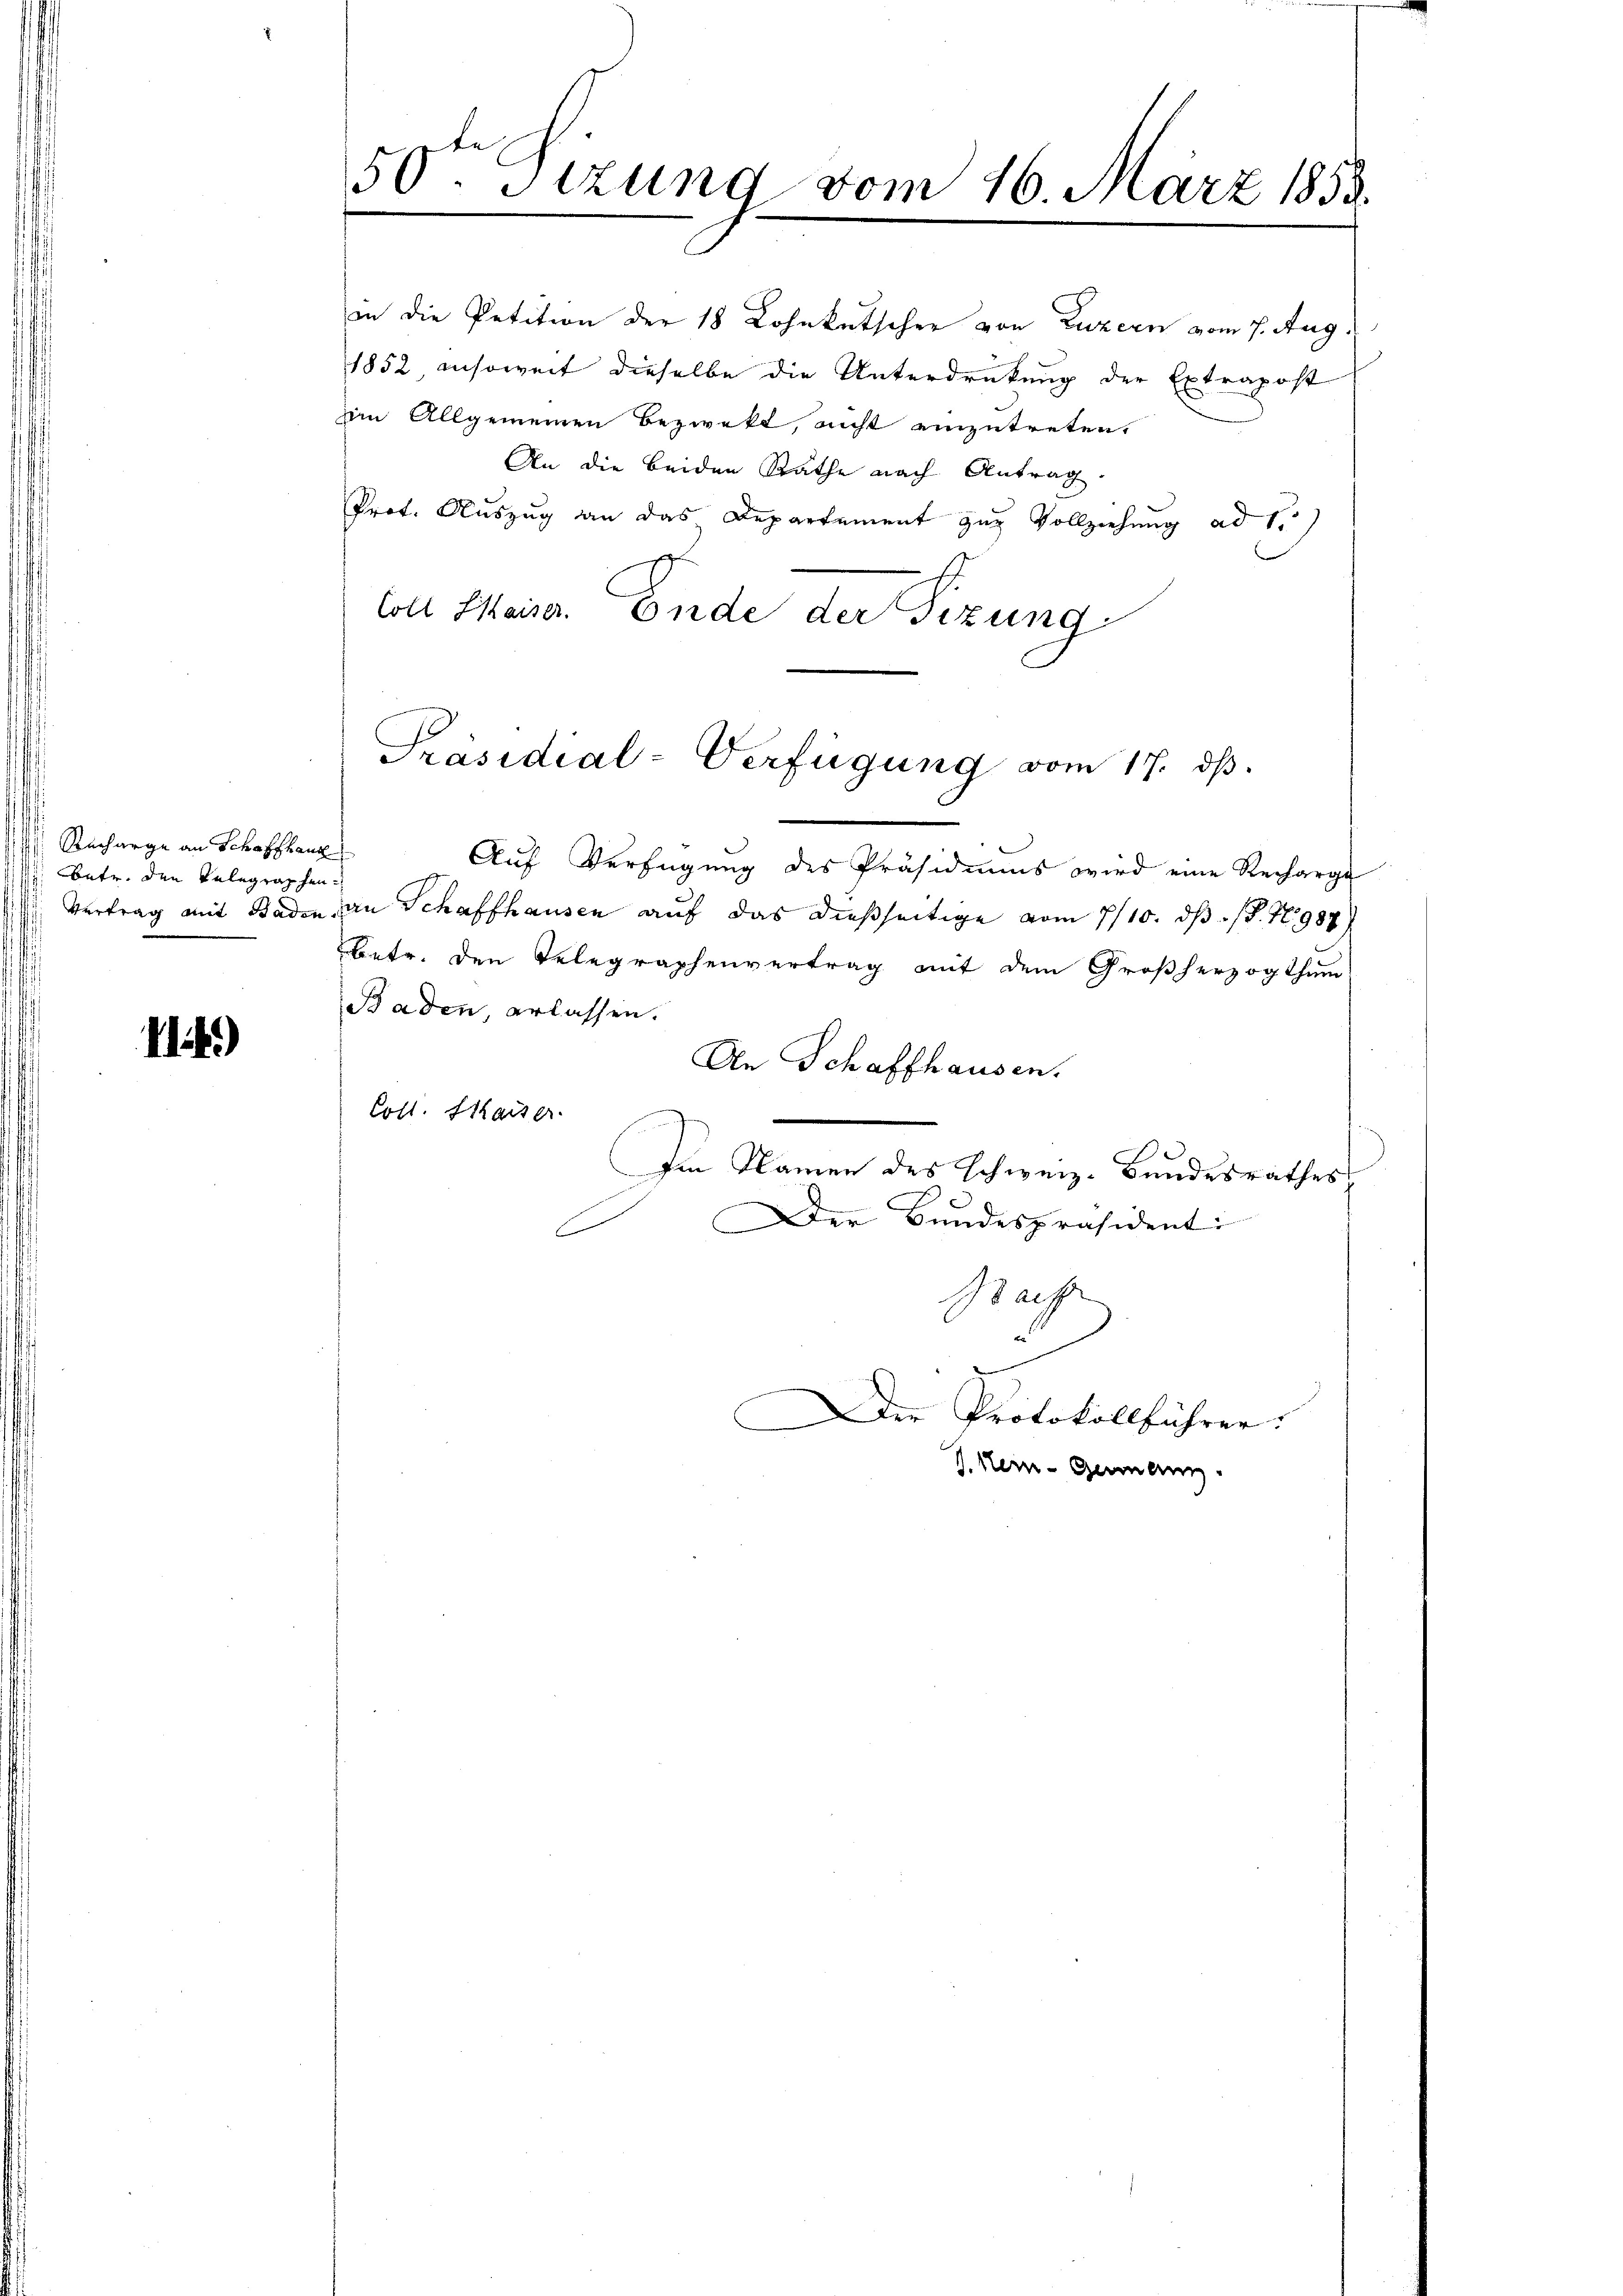
Richarge an Schaffhaus
bete, den Telegraphen
Vertrag mit Baden.

14.)

50 Sizung vom 16. März 1853.

im Allgemeinen bezwekt, nicht einzutreten,
An die beiden Räthe nach Antrag.
Prot. Auszug an das Departement zur Vollziehung ad 1.)
Coll Maiser. Ende der Sizung

Präsidial-Verfügung vom 17. dβ.

in die Petition der 18 Lohnkutscher von Luzern vom 7. Aug.
1852 insoweit dieselbe die Unterdrückung der Extrapost

.
Auf Verfügung des Präsidiums wird eine Recharge
i
an Schaffhausen auf das dießseitige vom 7/10. ds. S. 1987)
Betr. den Telegraphenvertrag mit dem Großherzogthum
Baden, erlassen.
An Schaffhausen.
Colt. Kaiser.
Im Namen des Schweiz. Bundesrathes
Der Bundespräsidenti
E
Bach
Der Protokollführer:
V. Hein- Germann.